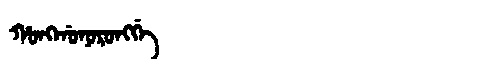
Manchu: ᡥᠣᠩᡤᠣᠨᠣᡵᠣᠩᡤᡝ
Romanization: HONGGONORONGGE